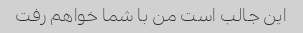
این جالب است من با شما خواهم رفت